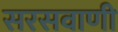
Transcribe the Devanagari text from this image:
सरसवाणी